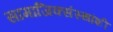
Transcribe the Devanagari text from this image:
सामाजिक्संस्थांशी